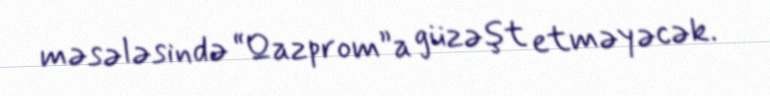
məsələsində “Qazprom”a güzəşt etməyəcək.